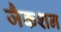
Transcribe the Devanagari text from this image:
जैकशन